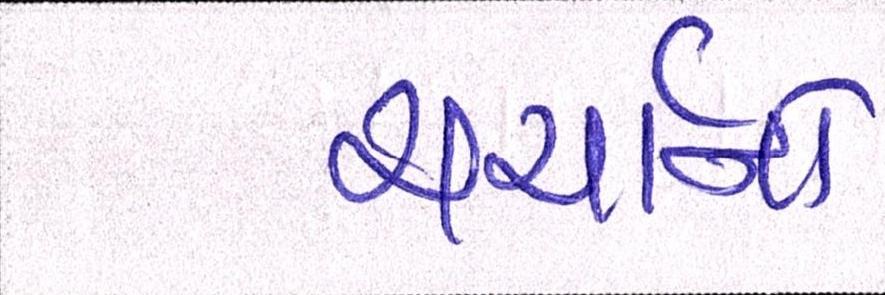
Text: ચર્ચાનો